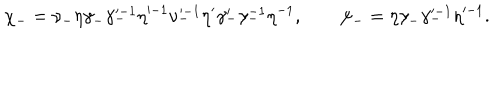
\chi _ { - } = \nu _ { - } \eta \gamma _ { - } \gamma _ { - } ^ { \prime - 1 } \eta ^ { \prime - 1 } \nu _ { - } ^ { \prime - 1 } \eta ^ { \prime } \gamma _ { - } ^ { \prime } \gamma _ { - } ^ { - 1 } \eta ^ { - 1 } , \qquad \psi _ { - } = \eta \gamma _ { - } \gamma _ { - } ^ { \prime - 1 } \eta ^ { \prime - 1 } .